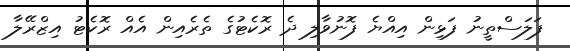
ފަލަސްތީނު ފަޅިން އިއްޔެ ފޮނުވާލި ދެ ރޮކެޓުގެ ތެރެއިން އެއް ރޮކެޓު އިޒްރޭލާ